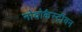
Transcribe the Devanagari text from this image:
नोवोकैस्ट्रीयन